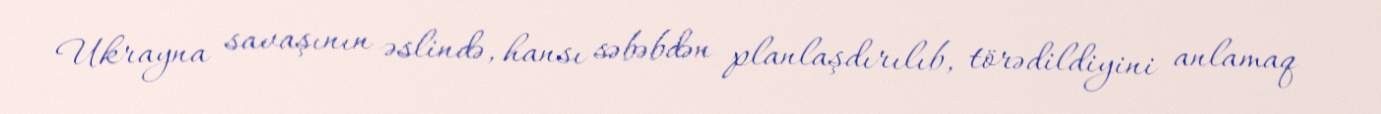
Ukrayna savaşının əslində, hansı səbəbdən planlaşdırılıb, törədildiyini anlamaq